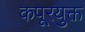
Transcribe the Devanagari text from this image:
कपूरयुक्त